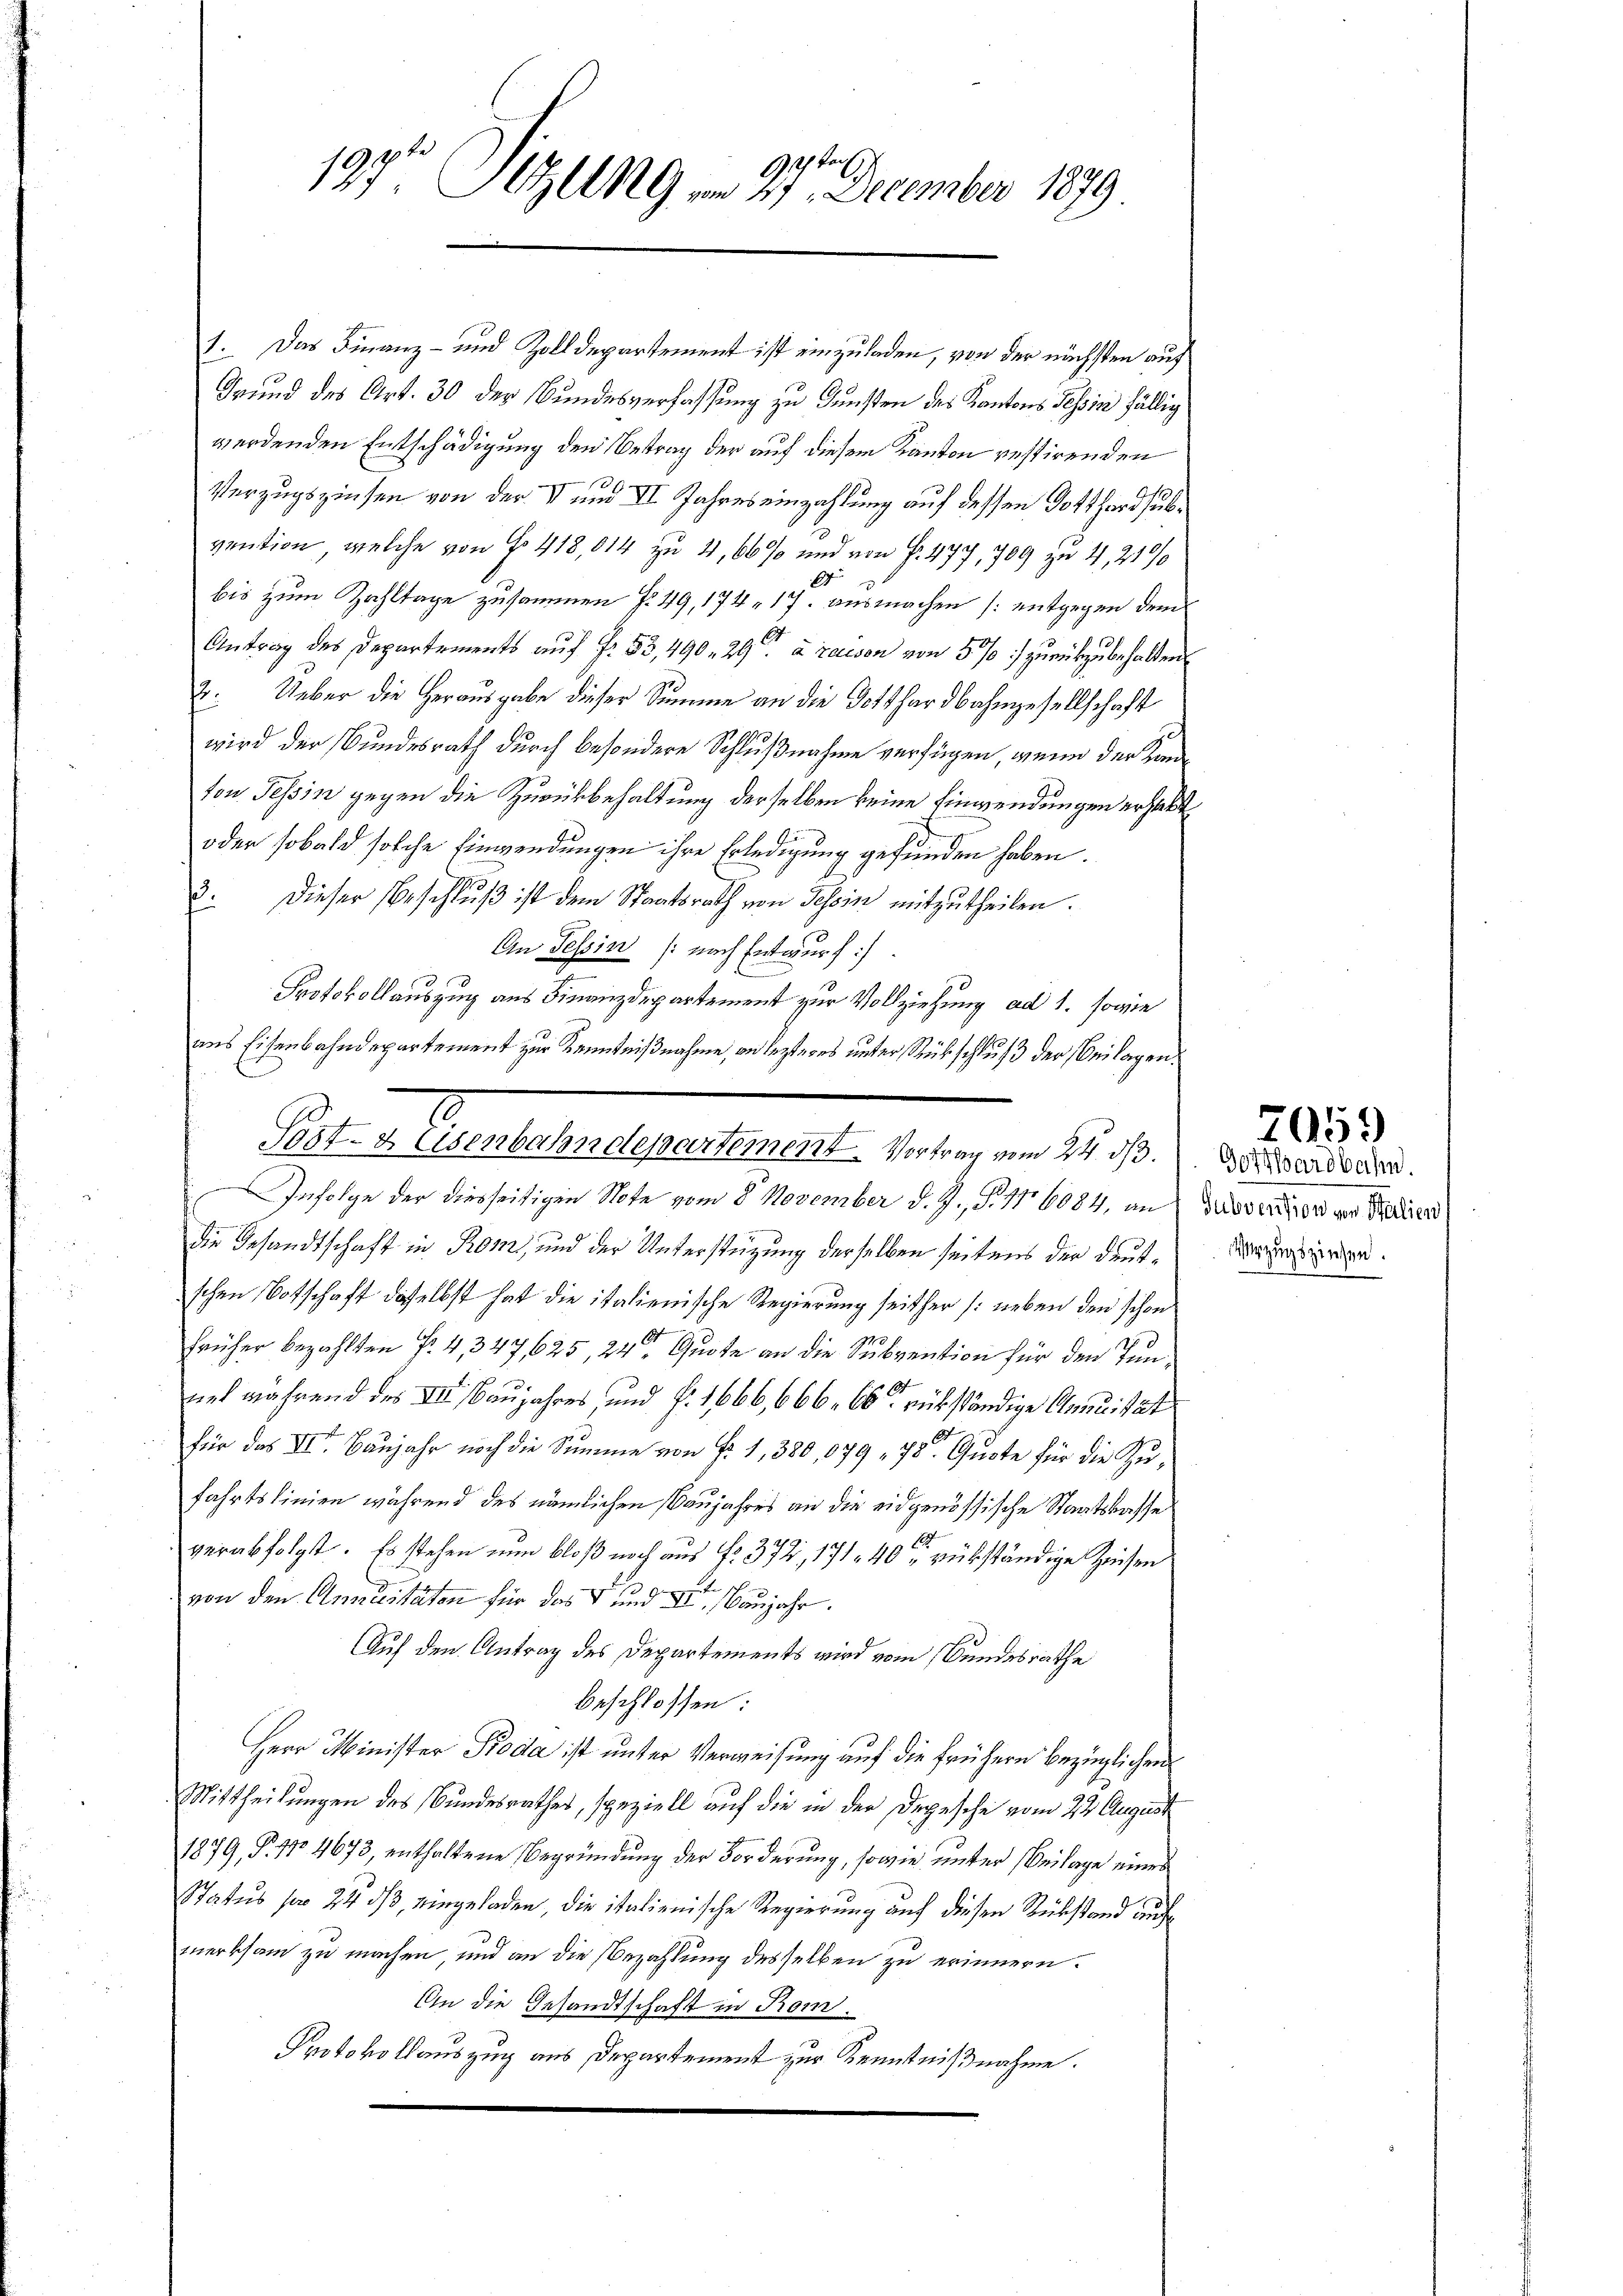
97ten
197 CG. vom 27. December 1879

1. Das Finanz- und Zolldepartement ist einzuladen, von der nächsten auf
Grund des Art. 30 der Bundesverfassung zu Gunsten des Kantons Tessin fällig
werdenden Entschädigung den Betrag der auf diesem Kanton restirenden
Verzugszinsen von der V und II Jahres einzahlung auf dessen Gotthardsubvention, welche von Fr. 418,014 zu 4, 66 % und von Fr. 477, 709 zu 4, 210%
7
bis zum Zahltage zusammen f. 49, 174, 17. ausmachen (: entgegen dem
Antrag des Departements auf Fr. 53, 490. 29t à raison von 5% :/ zurückzubehalten
2. Ueber die Herausgabe dieser Summe an die Gotthardbahngesellschaft
wird der Bundesrath durch besondere Schlußnahme verfügen, wenn der Kanton Tessin gegen die Zurückbehaltung derselben keine Einwendungen erhebt,
oder sobald solche Einwendungen ihre Erledigung gefunden haben.
2. Dieser Beschluß ist dem Staatsrath von Tessin mitzutheilen.
An Tessin /: nach Entwurf.
x
Protokollauszug aus Finanzdepartement zur Vollziehung ad 1. sowie
Infolge der diesseitigen Note vom 8. November d. J., S. 186084, an dieser die von Patier
die Gesandtschaft in Roms, und der Unterstützung derselben seitens der Deutschen Botschaft daselbst hat die italienische Regierung seither (neben den schon
früher bezahlten f. 4, 347,625, 24te Quote an die Subvention für den Jun¬
A
net während des III. Baujahres und §. 1666,666. 60 rükständige Annuität
f
für das II. Banjahr noch die Summe von Fr. 1, 380,079 " 78. Quote für die Zufahrtslinien während des nämlichen Baujahres an die eidgenössische Staatskasse
1
verabfolgt. Es stehen nun bloß noch aus No. 372, 171. 40 rükständige Zinsen
von den Annuitäten für das und der Banjahr.
Auf den Antrag des Departements wird vom Bundesrathe
beschlossen:
Herr Minister Proda ist unter Verweisung auf die frühern bezüglichen
Mittheilungen des Bundesrathes, speziell auf die in der Depesche vom 22 August
1879, P. 110 4673, enthaltene Begründung der Forderung, sowie unter Beilage eines
Status pr 24 dß, eingeladen, die italienische Regierung auf diesen Rükstand aufmerksam zu machen, und an die Bezahlung desselben zu erinnern.
An die Gesandtschaft in Rom.
Protokollauszug aus Departement zur Kenntnißnahme.

aus Eisenbahndepartement zur Kenntnißnahme, on lezteres unter Rückschluß der Beilagen.
Sost- & Eisenbahndepartement. Vortrag vom 24. ds.

Gotthardbahn.
Verzugszinsen.

7059